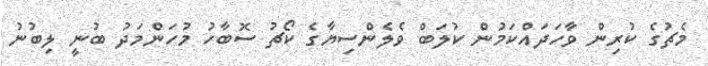
މެޗުގެ ކުރިން ވާހަދައްކަމުން ކުލަބް ވެލެންސިޔާގެ ކޯޗު ސޮބާހު މުހަންމަދު ބުނީ ލިބުނު